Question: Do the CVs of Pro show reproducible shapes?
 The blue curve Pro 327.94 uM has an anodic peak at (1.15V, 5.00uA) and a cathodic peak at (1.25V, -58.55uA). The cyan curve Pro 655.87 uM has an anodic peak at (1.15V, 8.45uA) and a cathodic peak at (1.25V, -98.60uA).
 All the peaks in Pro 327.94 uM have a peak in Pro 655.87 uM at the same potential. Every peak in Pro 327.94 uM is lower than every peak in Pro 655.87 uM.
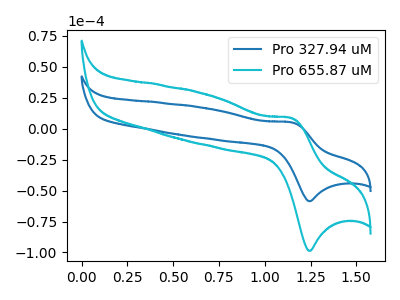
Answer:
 <answer>All the CV's of "Pro" have similar shape.</answer>
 <eval>follow_rule</eval>